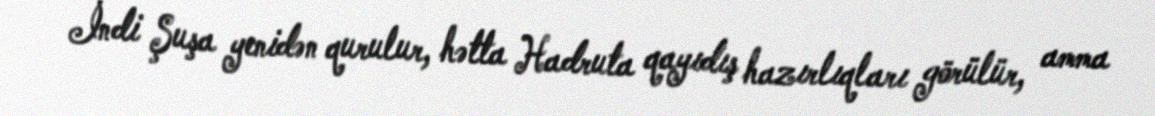
İndi Şuşa yenidən qurulur, hətta Hadruta qayıdış hazırlıqları görülür, amma